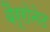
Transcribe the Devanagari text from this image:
बैर्रोनेट